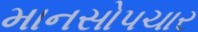
માનસોપચાર